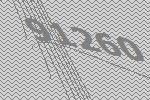
91260